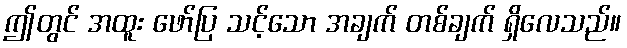
ဤတွင် အထူး ဖော်ပြ သင့်သော အချက် တစ်ချက် ရှိလေသည်။